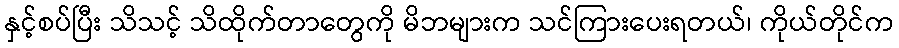
နှင့်စပ်ပြီး သိသင့် သိထိုက်တာတွေကို မိဘများက သင်ကြားပေးရတယ်၊ ကိုယ်တိုင်က